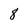
Character: 8